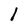
Character: 1